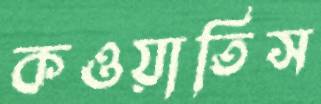
কওয়াতিস